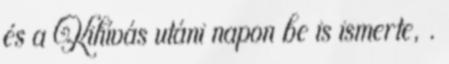
és a Kihívás utáni napon be is ismerte, .